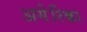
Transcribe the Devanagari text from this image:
अमेेेेरिका